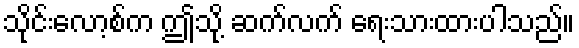
သိုင်းလော့စ်က ဤသို့ ဆက်လက် ရေးသားထားပါသည်။